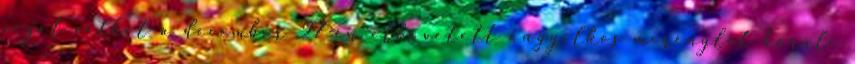
véget vethet a december 27-én elkövetett öngyilkos merénylet körüli